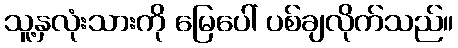
သူ့နှလုံးသားကို မြေပေါ် ပစ်ချလိုက်သည်။